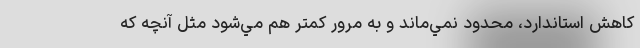
كاهش استاندارد، محدود نمي‌ماند و به مرور كمتر هم مي‌شود مثل آنچه كه